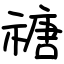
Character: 禟